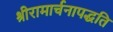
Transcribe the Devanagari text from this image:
श्रीरामार्चनापद्धति